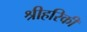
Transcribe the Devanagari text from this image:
श्रीहरिकी